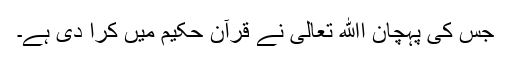
جس کی پہچان اﷲ تعالیٰ نے قرآن حکیم میں کرا دی ہے۔